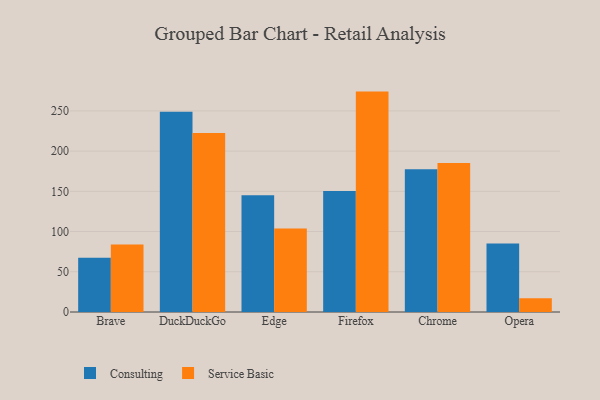
{"axis": {"x": "Browser", "y": "Temperature (°C)"}, "legend": ["Consulting", "Service Basic"], "data": [{"x": "Brave", "y": 67.4, "type": "Consulting"}, {"x": "Brave", "y": 83.8, "type": "Service Basic"}, {"x": "DuckDuckGo", "y": 249.1, "type": "Consulting"}, {"x": "DuckDuckGo", "y": 222.4, "type": "Service Basic"}, {"x": "Edge", "y": 145.0, "type": "Consulting"}, {"x": "Edge", "y": 103.8, "type": "Service Basic"}, {"x": "Firefox", "y": 150.4, "type": "Consulting"}, {"x": "Firefox", "y": 274.0, "type": "Service Basic"}, {"x": "Chrome", "y": 177.6, "type": "Consulting"}, {"x": "Chrome", "y": 185.1, "type": "Service Basic"}, {"x": "Opera", "y": 85.1, "type": "Consulting"}, {"x": "Opera", "y": 17.1, "type": "Service Basic"}]}